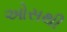
ઓસથી